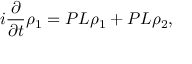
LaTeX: i { \frac { \partial } { \partial t } } \rho _ { 1 } = P L \rho _ { 1 } + P L \rho _ { 2 } ,